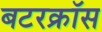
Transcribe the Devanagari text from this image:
बटरक्रॉस